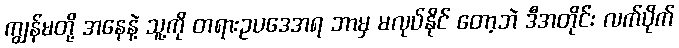
ကျွန်မတို့ အနေနဲ့ သူ့ကို တရားဥပဒေအရ ဘာမှ မလုပ်နိုင် တော့ဘဲ ဒီအတိုင်း လက်ပိုက်